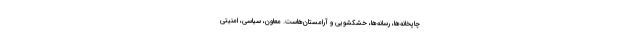
چاپخانه‌ها، رسانه‌ها، خشکشویی و آرامستان‌هاست. معاون، سیاسی، امنیتی